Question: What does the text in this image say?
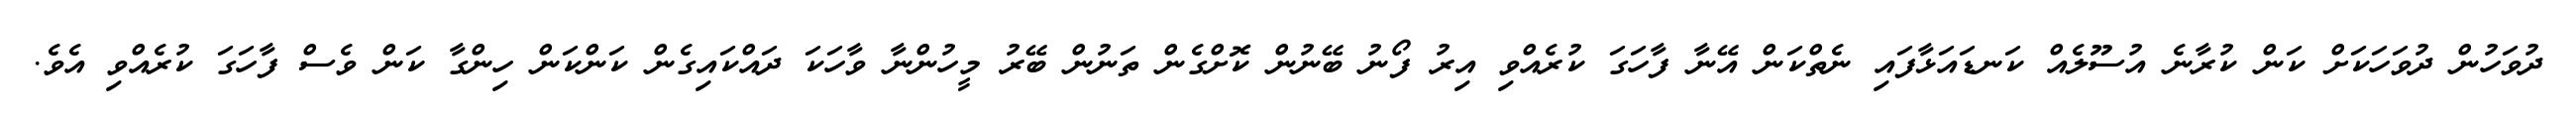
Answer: ދުވަހުން ދުވަހަކަށް ކަން ކުރާނެ އުސޫލެއް ކަނޑައަޅާފައި ނެތްކަން އޭނާ ފާހަގަ ކުރެއްވި އިރު ފޯނު ބޭނުން ކޮށްގެން ތަނުން ބޭރު މީހުންނާ ވާހަކަ ދައްކައިގެން ކަންކަން ހިންގާ ކަން ވެސް ފާހަގަ ކުރެއްވި އެވެ.